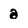
Character: a